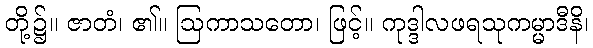
တို့၌။ ဇာတံ၊ ၏။ ဩကာသတော၊ ဖြင့်။ ကုဒ္ဒါလဖရသုကမ္မာဒီနိ၊